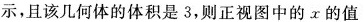
示，且该几何体的体积是3，则正视图中的τ的值